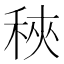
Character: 𥞵